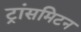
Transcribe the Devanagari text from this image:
ट्रांसमिटन